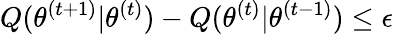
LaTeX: Q(\theta^{(t+1)}|\theta^{(t)})-Q(\theta^{(t)}|\theta^{(t-1)})\leq\epsilon